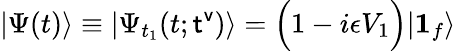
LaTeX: |\Psi(t)\rangle\equiv|\Psi_{t_{1}}(t;{\sf t^{v}})\rangle=\Bigl(1-i\epsilon V_{1}\Bigr)|{\boldsymbol 1}_{f}\rangle